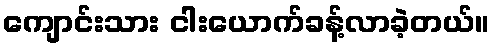
ကျောင်းသား ငါးယောက်ခန့်လာခဲ့တယ်။